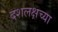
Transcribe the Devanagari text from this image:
दशलक्षच्या